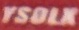
YSOLX